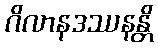
ဂိလာနဒဿနန္တိ